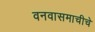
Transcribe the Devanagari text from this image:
वनवासमाचीचे